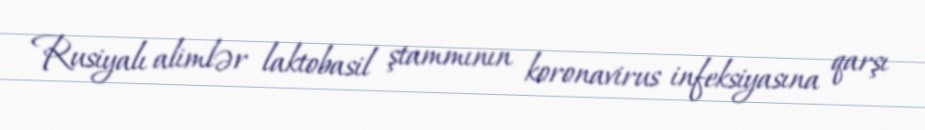
Rusiyalı alimlər laktobasil ştammının koronavirus infeksiyasına qarşı